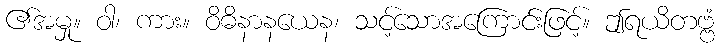
၏အမှု။ ဝါ၊ ကား။ ဝိဓိနာနယေန၊ သင့်သောအကြောင်းဖြင့်။ ဤရယိတဗ္ဗံ